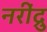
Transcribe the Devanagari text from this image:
नरींद्रु